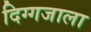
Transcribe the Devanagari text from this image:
दिग्गजाला